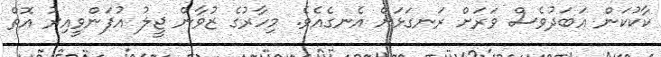
ކާކުކަން އަބަދުވެސް ވަރަށް ރަނގަޅަށް އެނގެއެވެ. މިހާރުގެ ޒުވާން ޖީލު އުފަންވީއިރު އޮތް